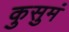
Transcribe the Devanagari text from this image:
कुसुमं